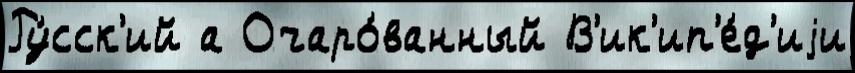
Ру́сск'ий а Очаро́ванный В'ик'ип'е́д'иjи